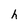
Character: h